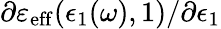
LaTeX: \partial\varepsilon_{\mathrm{eff}}(\epsilon_{1}(\omega),1)/\partial\epsilon_{1}